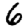
Digit: 6